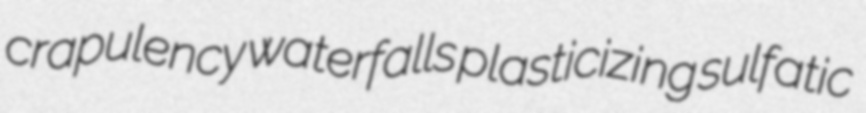
crapulency waterfalls plasticizing sulfatic